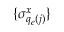
\{ \sigma _ { q _ { \epsilon } ( j ) } ^ { x } \}